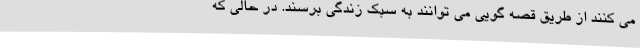
می کنند از طریق قصه گویی می توانند به سبک زندگی برسند. در حالی که